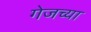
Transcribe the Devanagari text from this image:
गेजच्या